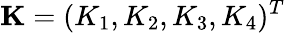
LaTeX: \mathbf{K}=(K_{1},K_{2},K_{3},K_{4})^{T}